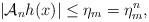
LaTeX: \begin{align*}| \mathcal{A}_n h(x) | \leq \eta_m = \eta_m^n,\end{align*}